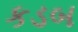
કડબ